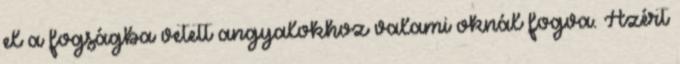
el a fogságba vetett angyalokhoz valami oknál fogva. Azért